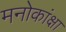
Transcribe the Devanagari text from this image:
मनोकांक्षा